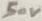
Text: 50V